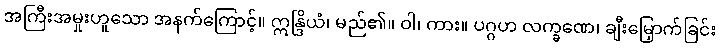
အကြီးအမှုးဟူသော အနက်ကြောင့်။ ဣန္ဒြိယံ၊ မည်၏။ ဝါ၊ ကား။ ပဂ္ဂဟ လက္ခဏေ၊ ချီးမြှောက်ခြင်း